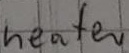
Text: heater